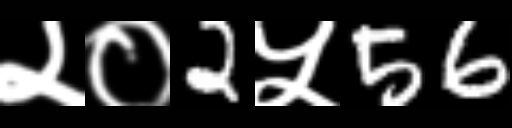
Text: २०2५56